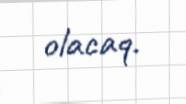
olacaq.